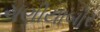
ચણીયાબોર